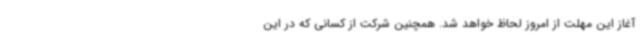
آغاز این مهلت از امروز لحاظ خواهد شد. همچنین شرکت از کسانی که در این